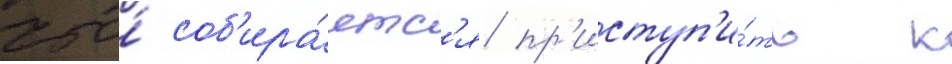
что́ соб'ира́етс'я пр'иступ'и́ть к